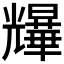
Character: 𫤨